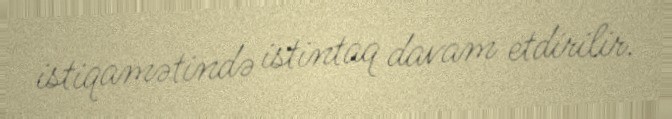
istiqamətində istintaq davam etdirilir.